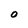
Character: o